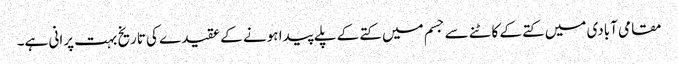
مقامی آبادی میں کتے کے کاٹنے سے جسم میں کتے کے پلے پیدا ہونے کے عقیدے کی تاریخ بہت پرانی ہے۔